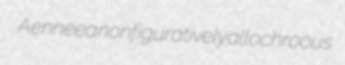
Aenneea nonfiguratively allochroous